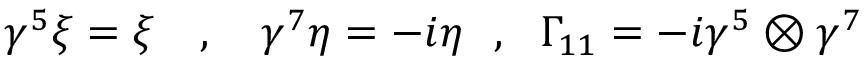
\gamma ^ { 5 } \xi = \xi ~ ~ ~ , ~ ~ ~ \gamma ^ { 7 } \eta = - i \eta ~ ~ , ~ ~ \Gamma _ { 1 1 } = - i \gamma ^ { 5 } \otimes \gamma ^ { 7 }